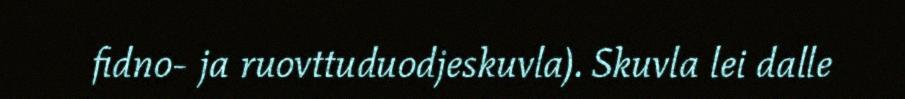
fidno- ja ruovttuduodjeskuvla). Skuvla lei dalle